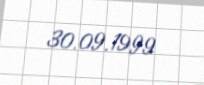
30.09.1999